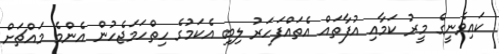
ކައިވެނީގެ މީރު ކަމާއި އުފާތައް އެތައްފަހަރު ލިބި އެކަމުގެ ހިތްހަމަޖެހުން އެންމެ މައްޗަށް